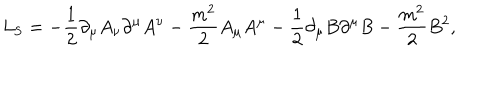
LaTeX: L _ { \mathrm { S } } = \mathrm { } - \frac { 1 } { 2 } \partial _ { \mu } A _ { \nu } \partial ^ { \mu } A ^ { \nu } - \frac { m ^ { 2 } } { 2 } A _ { \mu } A ^ { \mu } - \frac { 1 } { 2 } \partial _ { \mu } B \partial ^ { \mu } B - \frac { m ^ { 2 } } { 2 } B ^ { 2 } ,